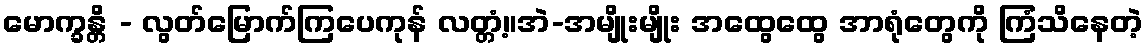
မောက္ခန္တိ - လွတ်မြောက်ကြပေကုန် လတ္တံ့။အဲ-အမျိုးမျိုး အထွေထွေ အာရုံတွေကို ကြံသိနေတဲ့